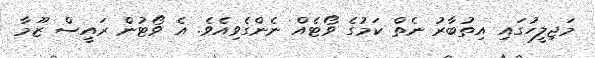
މަޖިލީހުގައި އިތުބާރު ނެތް ކަމުގެ ވޯޓެއް ނެންގެވިއެވެ. އެ ވޯޓުން ރައީސް ޒޫމާ